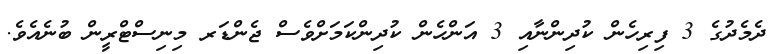
ދެމެދުގެ 3 ފިރިހެން ކުދިންނާއި 3 އަންހެން ކުދިންކަމަށްވެސް ޖެންޑަރ މިނިސްޓްރީން ބުނެއެވެ.